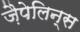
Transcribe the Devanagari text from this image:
ज़ैपेलिन्स